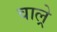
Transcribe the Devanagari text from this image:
वाल्रे